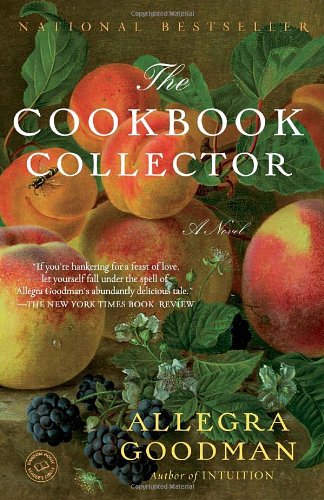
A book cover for The Cookbook Collector: A Novel; Allegra Goodman; Literature & Fiction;